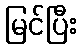
မြင်ပြီး